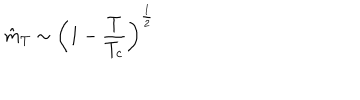
LaTeX: \hat { m } _ { T } \sim \left( 1 - \frac { T } { T _ { c } } \right) ^ { \frac { 1 } { 2 } }